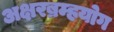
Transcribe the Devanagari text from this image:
अक्षरब्रम्हयोग